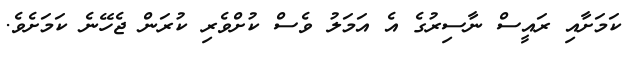
ކަމަށާއި ރައީސް ނާސިރުގެ އެ އަމަލު ވެސް ކުށްވެރި ކުރަން ޖެހޭނެ ކަމަށެވެ.